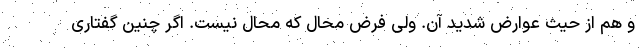
و هم از حیث عوارض شدید آن. ولی فرض محال که محال نیست. اگر چنین گفتاری